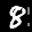
Label: 8